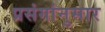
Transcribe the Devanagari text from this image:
प्रसंगांनुसार